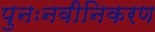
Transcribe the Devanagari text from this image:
पुनःनवीनिकरण